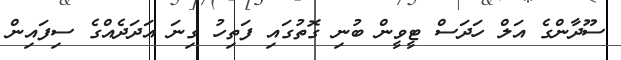
ސޫދާންގެ އަލް ހަދަސް ޓީވީން ބުނި ގޮތުގައި ފަތިހު ގިނަ އަދަދެއްގެ ސިފައިން